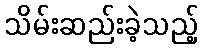
သိမ်းဆည်းခဲ့သည့်